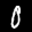
Label: 0